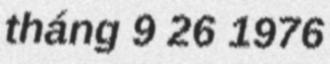
tháng 9 26 1976